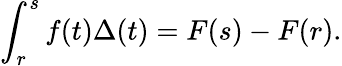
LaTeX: \int_{r}^{s}f(t)\Delta(t)=F(s)-F(r).